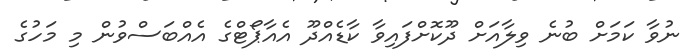
ނުވާ ކަމަށް ބުނެ ވިލާއަށް ދޫކޮށްފައިވާ ކާޑެއްދޫ އެއާޕޯޓްގެ އެއްބަސްވުން މި މަހުގެ